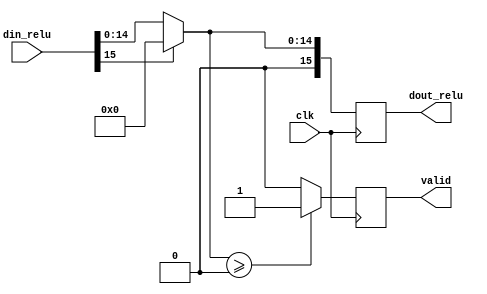
module relu(
    input clk,
    input [15:0] din_relu,
    output reg [15:0] dout_relu,
    output reg valid
    );
    always @(posedge clk) begin
       dout_relu = (din_relu[15] == 0)? din_relu : 0;
       if(dout_relu >= 0)begin
          valid = 1'b1;
        end
       else begin
          valid = 1'b0;
       end
    end 
    //if the sign bit is high, send zero on the output else send the input
endmodule